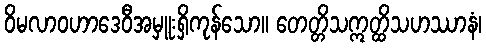
ဝိမလာဝဟာဒေဝီအမှူးရှိကုန်သော။ တေတ္တိသဣတ္ထိသဟဿာနံ၊